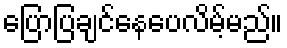
ပြောပြချင်နေပေလိမ့်မည်။